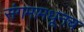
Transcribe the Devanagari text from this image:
संगमामधूनच